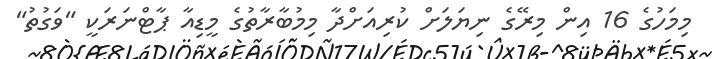
މިމަހުގެ 16 އިން މިރޭގެ ނިޔަލަށް ކުރިއަށްދާ މިމުބާރާތުގެ މީޑިއާ ޕާޓްނަރަކީ "ވަގުތު"